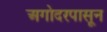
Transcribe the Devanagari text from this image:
अगोदरपासून